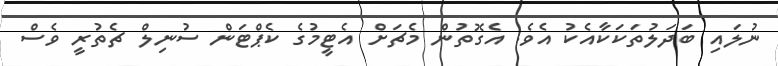
ނުލައި ބަދަލުތަކަކާއެކު އެވެ. އެގޮތުން މެޗަށް އެޓީމުގެ ކެޕްޓަން ސުނިލް ޗެތުރީ ވެސް